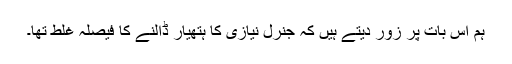
ہم اس بات پر زور دیتے ہیں کہ جنرل نیازی کا ہتھیار ڈالنے کا فیصلہ غلط تھا۔